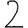
Digit: 2